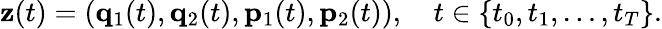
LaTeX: \mathbf{z}(t)=(\mathbf{q}_{1}(t),\mathbf{q}_{2}(t),\mathbf{p}_{1}(t),\mathbf{p}_{2}(t)),\quad t\in\{ t_{0},t_{1},\ldots,t_{T}\} .